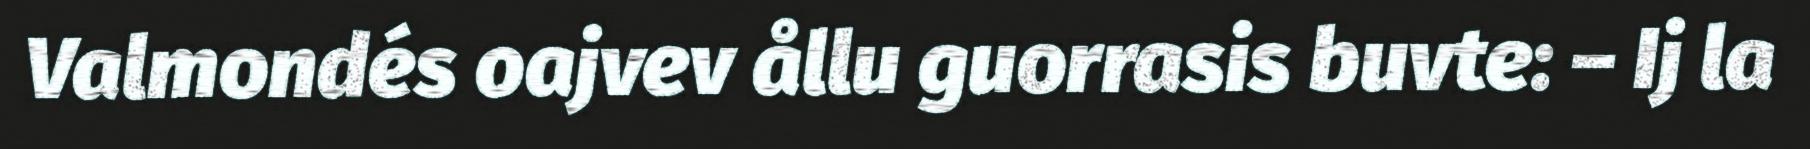
Valmondés oajvev ållu guorrasis buvte: – Ij la